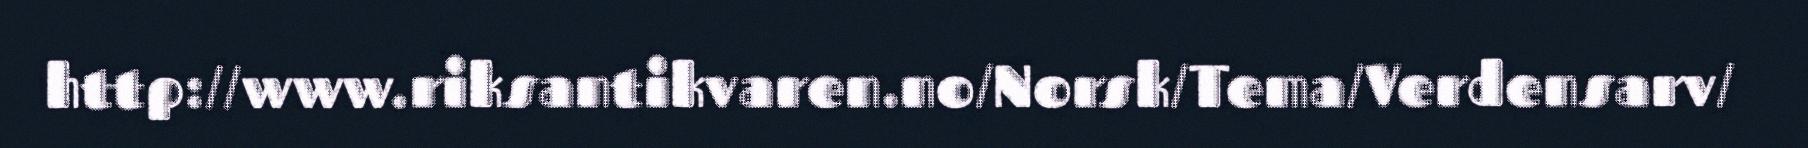
http://www.riksantikvaren.no/Norsk/Tema/Verdensarv/